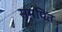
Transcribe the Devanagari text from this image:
समपित